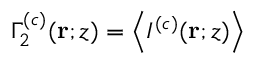
\Gamma _ { 2 } ^ { ( c ) } ( \mathbf { r } ; z ) = \left\langle I ^ { ( c ) } ( \mathbf { r } ; z ) \right\rangle